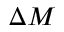
\Delta M